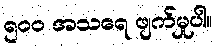
၅၀၀ အသရေ ဖျက်မှုပါ။